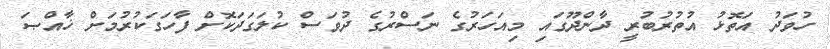
ހުވަދު އަތޮޅު އުތުރުބުރީ ދާާންދޫގައި މިއަހަރުގެ ނަސްރުގެ ދުވަސް ކުލަގަދަކޮށް ފާހަގަކުރުމަށް ޚާއްޞަ